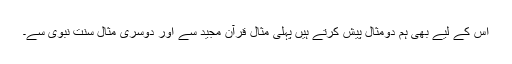
اس کے لیے بھی ہم دومثال پیش کرتے ہیں پہلی مثال قرآن مجید سے اور دوسری مثال سنت نبوی سے۔